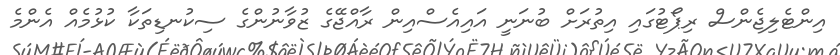
އިންޓެލިޖެންސް ރިޕޯޓުގައި އިތުރަށް ބުނަނީ އައިއެސްއިން ރާއްޖޭގެ ޒުވާނުންގެ ސިކުނޑިތަކާ ކުޅުމެއް އެންމެ